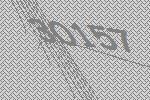
30157